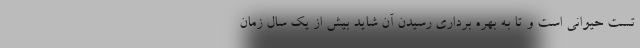
تست حیوانی است و تا به بهره برداری رسیدن آن شاید بیش از یک سال زمان